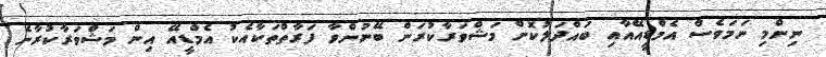
ނިންމި ނަމަވެސް އެމްޑީއޭއާއި ބައްދަލުކޮށް މަޝްވަރާކުރަން ބޭނުންވާ ފަރާތްތަކާއެކު އެމްޑީއޭ އިން މަޝްވަރާކުރާނެ